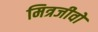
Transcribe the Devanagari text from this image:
मित्रजीवों